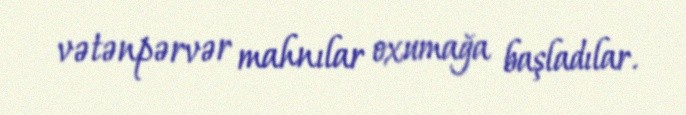
vətənpərvər mahnılar oxumağa başladılar.